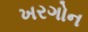
ખરગોન